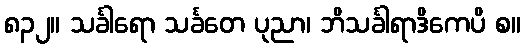
၈၃၂။ သင်္ခါရော သင်္ခတေ ပုညာ၊ ဘိသင်္ခါရာဒိကေပိ စ။